Annual vaccination report of Bihar and Orissa - 1911-1928
Year: 1911
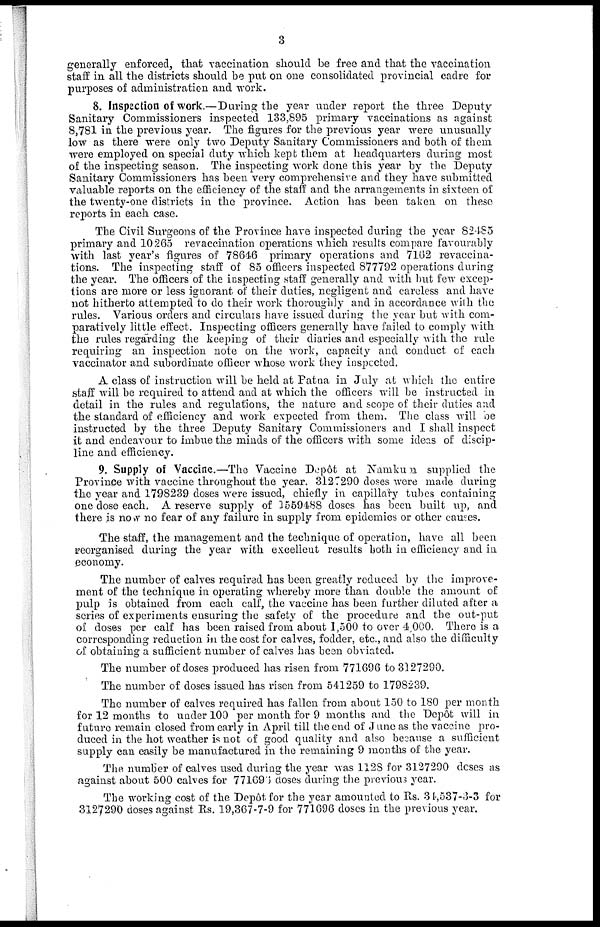
3
generally enforced, that vaccination should be free and that the vaccination
staff in all the districts should be put on one consolidated provincial cadre for
purposes of administration and work.
8. Inspection of work.—During the year under report the three Deputy
Sanitary Commissioners inspected 133,895 primary vaccinations as against
8,781 in the previous year. The figures for the previous year were unusually
low as there were only two Deputy Sanitary Commissioners and both of them
were employed on special duty which kept them at headquarters during most
of the inspecting season. The inspecting work done this year by the Deputy
Sanitary Commissioners has been very comprehensive and they have submitted
valuable reports on the efficiency of the staff and the arrangements in sixteen of
the twenty-one districts in the province. Action has been taken on these
reports in each case.
The Civil Surgeons of the Province have inspected during the year 82485
primary and 10265 revaccination operations which results compare favourably
with last year's figures of 78646 primary operations and 7162 revaccina-
tions. The inspecting staff of 85 officers inspected 877792 operations during
the year. The officers of the inspecting staff generally and with but few excep-
tions are more or less ignorant of their duties, negligent and careless and have
not hitherto attempted to do their work thoroughly and in accordance with the
rules. Various orders and circulars have issued during the year but with com-
paratively little effect. Inspecting officers generally have failed to comply with
the rules regarding the keeping of their diaries and especially with the rule
requiring an inspection note on the work, capacity and conduct of each
vaccinator and subordinate officer whose work they inspected.
A class of instruction will be held at Patna in July at which the entire
staff will be required to attend and at which the officers will be instructed in
detail in the rules and regulations, the nature and scope of their duties and
the standard of efficiency and work expected from them. The class will be
instructed by the three Deputy Sanitary Commissioners and I shall inspect
it and endeavour to imbue the minds of the officers with some ideas of discip-
line and efficiency.
9. Supply of Vaccine.—The Vaccine Depôt at Namkum supplied the
Province with vaccine throughout the year. 312.290 doses were made during
the year and 1798239 doses were issued, chiefly in capillary tubes containing
one dose each. A reserve supply of 1559488 doses has been built up, and
there is now no fear of any failure in supply from epidemics or other causes.
The staff, the management and the technique of operation, have all been
reorganised during the year with excellent results both in efficiency and in
economy.
The number of calves required has been greatly reduced by the improve-
ment of the technique in operating whereby more than double the amount of
pulp is obtained from each calf, the vaccine has been further diluted after a
series of experiments ensuring the safety of the procedure and the out-put
of doses per calf has been raised from about 1,500 to over 4,000. There is a
corresponding reduction in the cost for calves, fodder, etc., and also the difficulty
of obtaining a sufficient number of calves has been obviated.
The number of doses produced has risen from 771696 to 3127290.
The number of doses issued has risen from 541259 to 1798239.
The number of calves required has fallen from about 150 to 180 per month
for 12 months to under 100 per month for 9 months and the Depôt will in
future remain closed from early in April till the end of June as the vaccine pro-
duced in the hot weather is not of good quality and also because a sufficient
supply can easily be manufactured in the remaining 9 months of the year.
The number of calves used during the year was 1128 for 3127290 doses as
against about 500 calves for 771696 doses during the previous year.
The working cost of the Depôt for the year amounted to Rs. 34,537-3-3 for
3127290 doses against Rs. 19,367-7-9 for 771696 doses in the previous year.